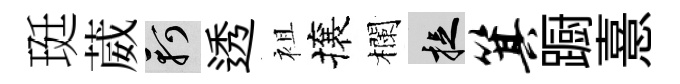
珽葳軻透袓攘欄捉箕蹰憙